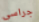
جراسي